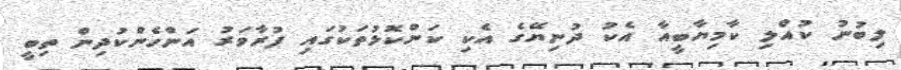
ލިބުނު ކުއްލި ކާމިޔާބީއާ އެކު ދުނިޔޭގެ އެކި ކަންކޮޅުތަކުގައި ފުރާވަރު އަންހެންކުދިން ތިބީ